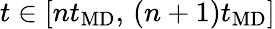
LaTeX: t\in[nt_{\mathrm{MD}},\, (n+1)t_{\mathrm{MD}}]